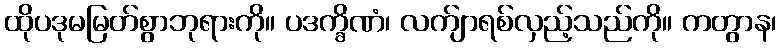
ထိုပဒုမမြတ်စွာဘုရားကို။ ပဒက္ခိဏံ၊ လက်ျာရစ်လှည့်သည်ကို။ ကတွာန၊